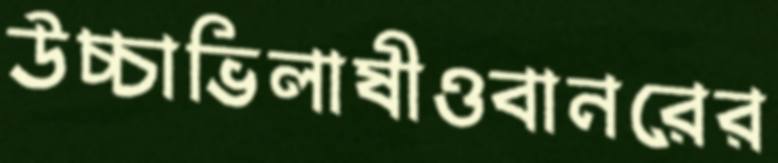
উচ্চাভিলাষীওবানরের